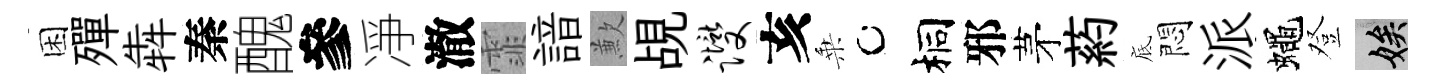
困殫犇秦醜參凈澈霏諳歉覘躞亥乗桐邪茅葯底悶派蠅登娭